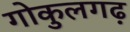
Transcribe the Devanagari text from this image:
गोकुलगढ़